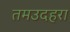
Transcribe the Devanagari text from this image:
तमउदहरा